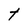
Character: t